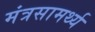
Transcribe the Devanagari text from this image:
मंत्रसामर्थ्य